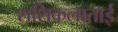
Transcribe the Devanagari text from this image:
शशिकलाताई